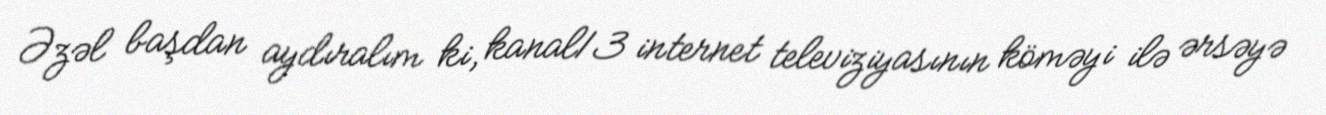
Əzəl başdan aydıralım ki, kanal13 internet televiziyasının köməyi ilə ərsəyə